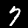
Digit: 7